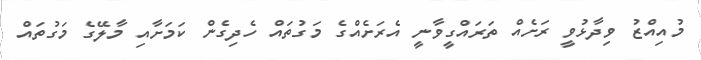
މުއިއްޒު ވިދާޅުވީ ރަށެއް ތަރައްގީވާނީ އެރަށެއްގެ މަގުތައް ހެދިގެން ކަމަށާއި މާލޭގެ މަގުތައް